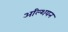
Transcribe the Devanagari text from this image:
अल्शियन